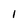
Character: 1